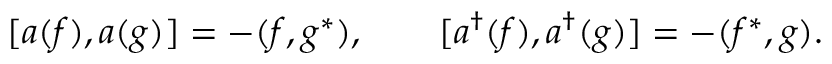
[ a ( f ) , a ( g ) ] = - ( f , g ^ { * } ) , \qquad [ a ^ { \dagger } ( f ) , a ^ { \dagger } ( g ) ] = - ( f ^ { * } , g ) .